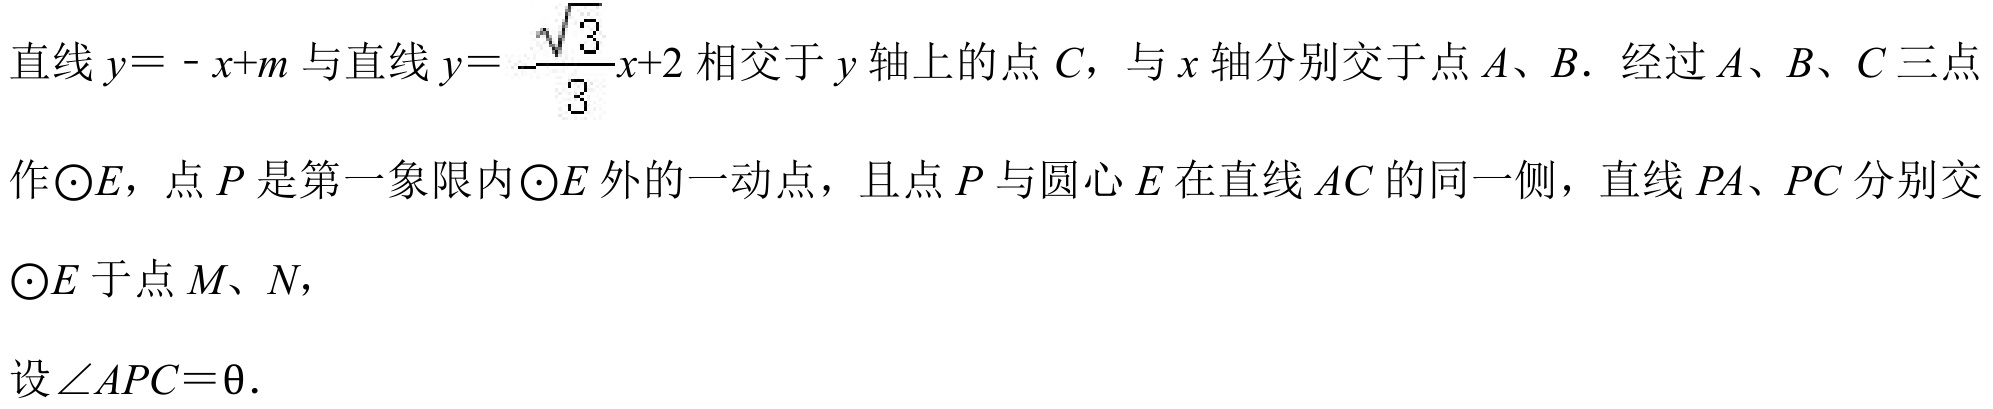
直线\(y = -x + m\)与直线\(y = -\frac{\sqrt{3}}{3}x + 2\)相交于\(y\)轴上的点\(C\)，与\(x\)轴分别交于点\(A\)、\(B\). 经过\(A\)、\(B\)、\(C\)三点作\(\odot E\)，点\(P\)是第一象限内\(\odot E\)外的一动点，且点\(P\)与圆心\(E\)在直线\(AC\)的同一侧，直线\(PA\)、\(PC\)分别交\(\odot E\)于点\(M\)、\(N\)，
设\(\angle APC = \theta\).